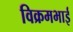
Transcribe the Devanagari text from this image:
विक्रमभाई